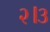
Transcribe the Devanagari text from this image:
२।३